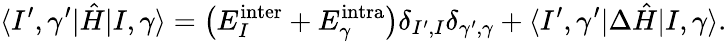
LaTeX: \langle I^{\prime},\gamma^{\prime}|\hat{H}|I,\gamma\rangle=\big(E_{I}^{\mathrm{inter}}+E_{\gamma}^{\mathrm{intra}}\big)\delta_{I^{\prime},I}\delta_{\gamma^{\prime},\gamma}+\langle I^{\prime},\gamma^{\prime}|\Delta\hat{H}|I,\gamma\rangle.